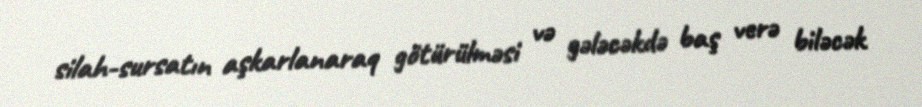
silah-sursatın aşkarlanaraq götürülməsi və gələcəkdə baş verə biləcək